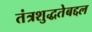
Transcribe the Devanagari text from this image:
तंत्रशुद्धतेबद्दल